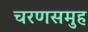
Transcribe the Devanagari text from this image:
चरणसमुह